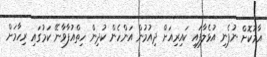
އާމުކޮށް ނުފެނި އުޅެލާފައި ކައިރިއަށް ދިއުމުން އަންހެން ކުދިން ހިތްއުފާވާނޭ ކަމުގައި ރިހާމަށް